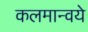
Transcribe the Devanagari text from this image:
कलमान्वये